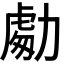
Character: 𭄾